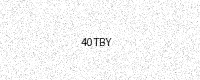
Text: 40TBY